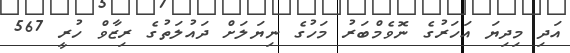
އަދި މިދިޔަ އަހަރުގެ ނޮވެމްބަރު މަހުގެ ނިޔަލަށް ދައުލަތުގެ ރިޒާވް ހުރީ 567